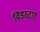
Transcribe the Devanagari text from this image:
विंडस्टार